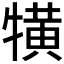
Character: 𤛥